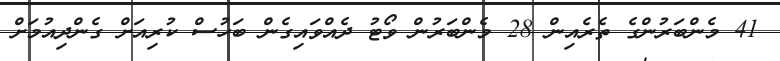
41 މެންބަރުންގެ ތެރެއިން 28 މެންބަރުން ވޯޓު ދެއްވައިގެން ބަހުސް ކުރިއަށް ގެންދިއުމަށް